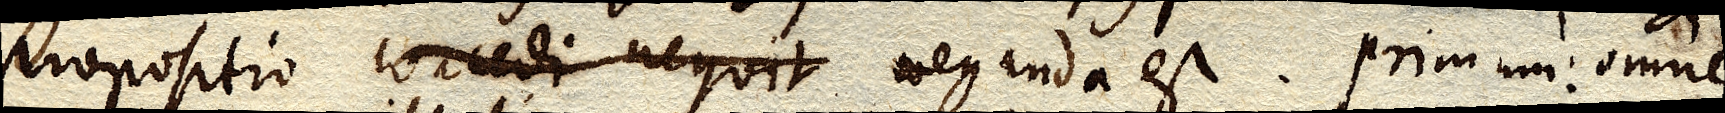
propositio concedi nequit neganda est. Primum: omne